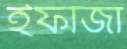
ইফাজা